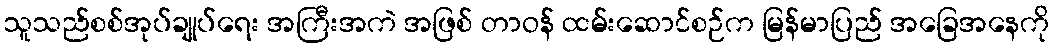
သူသည်စစ်အုပ်ချုပ်ရေး အကြီးအကဲ အဖြစ် တာဝန် ထမ်းဆောင်စဉ်က မြန်မာပြည် အခြေအနေကို